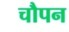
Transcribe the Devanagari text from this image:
चौपन